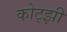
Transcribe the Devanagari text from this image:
कोट्झी